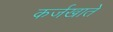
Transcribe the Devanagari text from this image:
कर्जखाते